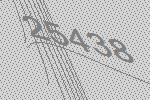
25438